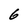
Character: 6